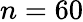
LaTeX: n=60